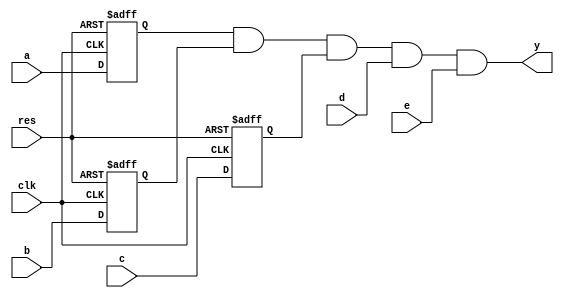
module bal_check (input a , input b , input c , input d , input e, output y , input clk  , input res);

reg rega, regb , regc ;

always @ (posedge clk , posedge res)
begin
	if(res)	
	begin
		rega <= 1'b0;
		regb <= 1'b0;
		regc <= 1'b0;
	end
	else
	begin
		rega <= a;
		regb <= b;
		regc <= c;
	end
end

assign y = rega & regb & regc & d & e;

endmodule